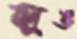
লুঙ